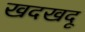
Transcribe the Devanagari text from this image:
खदखदू